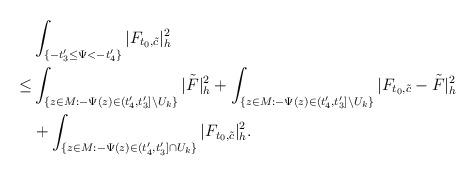
LaTeX: \begin{align*}&\int_{ \{-t'_3\le\Psi<-t'_4\}}|F_{t_0,\tilde{c}}|^2_h\\\le & \int_{\{z\in M:-\Psi(z)\in (t'_4,t'_3]\backslash U_k\}}|\tilde F|^2_h+\int_{\{z\in M:-\Psi(z)\in (t'_4,t'_3]\backslash U_k\}}|F_{t_0,\tilde{c}}-\tilde F|^2_h\\&+\int_{ \{z\in M: -\Psi(z)\in(t'_4,t'_3]\cap U_k\}}|F_{t_0,\tilde{c}}|^2_h.\end{align*}